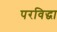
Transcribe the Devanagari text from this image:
परविद्धा